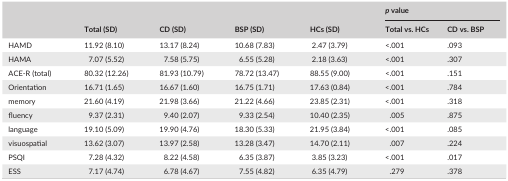
| <ROWSPAN=2>  | <ROWSPAN=2> Total (SD) | <ROWSPAN=2> CD (SD) | <ROWSPAN=2> BSP (SD) | <ROWSPAN=2> HCs (SD) | <COLSPAN=2> p value |
 | Total vs. HCs | CD vs. BSP |
 | --- | --- | --- | --- | --- | --- | --- |
 | HAMD | 11.92 (8.10) | 13.17 (8.24) | 10.68 (7.83) | 2.47 (3.79) | <.001 | .093 |
 | HAMA | 7.07 (5.52) | 7.58 (5.75) | 6.55 (5.28) | 2.18 (3.63) | <.001 | .307 |
 | ACE‐R (total) | 80.32 (12.26) | 81.93 (10.79) | 78.72 (13.47) | 88.55 (9.00) | <.001 | .151 |
 | Orientation | 16.71 (1.65) | 16.67 (1.60) | 16.75 (1.71) | 17.63 (0.84) | <.001 | .784 |
 | memory | 21.60 (4.19) | 21.98 (3.66) | 21.22 (4.66) | 23.85 (2.31) | <.001 | .318 |
 | fluency | 9.37 (2.31) | 9.40 (2.07) | 9.33 (2.54) | 10.40 (2.35) | .005 | .875 |
 | language | 19.10 (5.09) | 19.90 (4.76) | 18.30 (5.33) | 21.95 (3.84) | <.001 | .085 |
 | visuospatial | 13.62 (3.07) | 13.97 (2.58) | 13.28 (3.47) | 14.70 (2.11) | .007 | .224 |
 | PSQI | 7.28 (4.32) | 8.22 (4.58) | 6.35 (3.87) | 3.85 (3.23) | <.001 | .017 |
 | ESS | 7.17 (4.74) | 6.78 (4.67) | 7.55 (4.82) | 6.35 (4.79) | .279 | .378 |